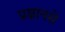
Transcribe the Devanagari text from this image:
प्रज्ञानसे